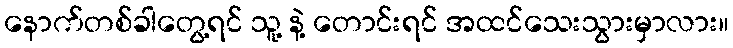
နောက်တစ်ခါတွေ့ရင် သူ့ နဲ့ တောင်းရင် အထင်သေးသွားမှာလား။